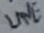
Text: LINE